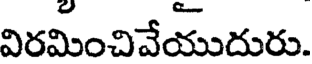
విరమించివేయుదురు.